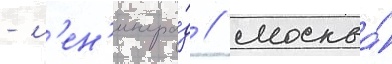
- л'ен'ингра́д / москва́